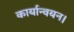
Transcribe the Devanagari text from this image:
कार्यान्‍वयन।